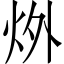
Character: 𪸟